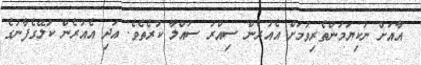
އާއަށް ނުކިޔަމަންތެރިވުމަށް އެއުރެން ސިއްރު ސައްލާ ކުރެތެވެ. އަދި އެއުރެން ކަލޭގެފާނުގެ